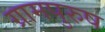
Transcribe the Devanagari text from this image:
ग्रामपुरुष